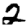
Digit: 2